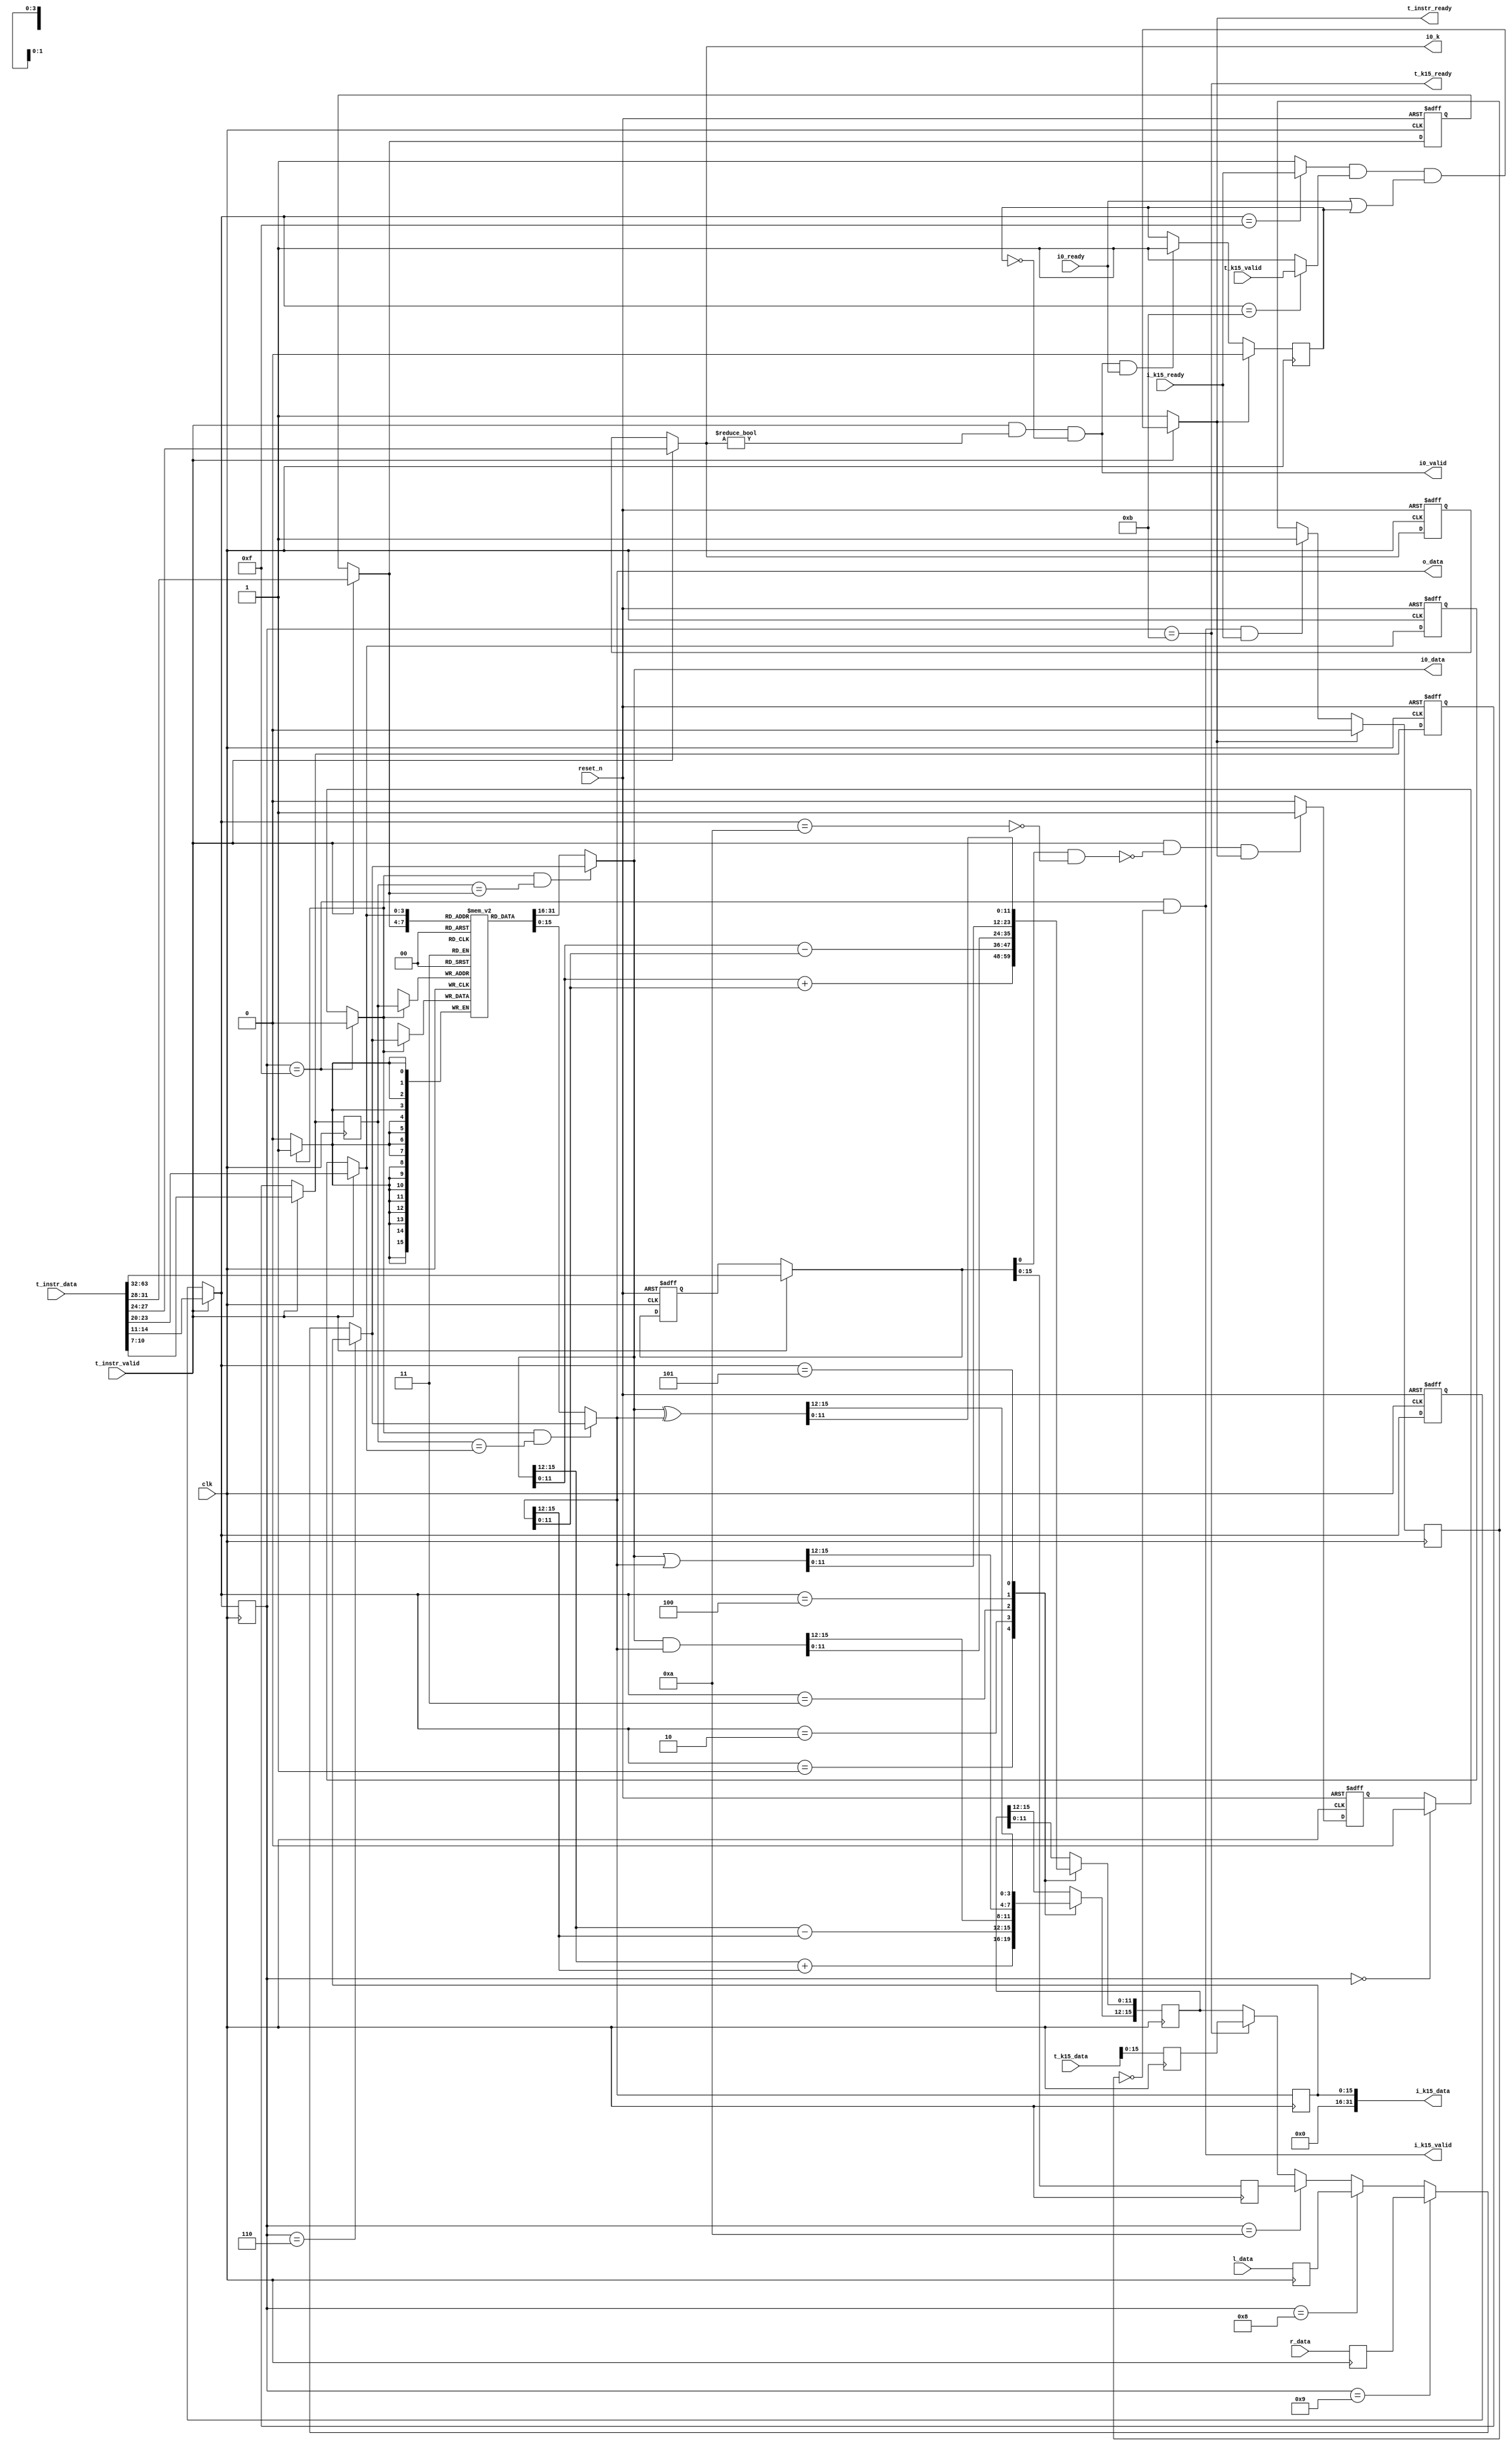
/****************************************************************************
 * vector_slice.v
 ****************************************************************************/

/**
 * Module: vector_slice
 *
 * Singe cycle implementation of a pipeline design.
 *
 * TODO: Need to implement elastic logic
 *
 * What's done in single cycle.  ADD, SUB, AND, OR, XOR, MV, ROL, ROR
 *
 * R-type use 3 registers as operands: ADD, SUB, AND, OR, XOR
 */
module vector_slice #(
                      //Do not override.  Only meant to make code more readable.
                      parameter PREDICATOR = 0,
                      parameter AWIDTH     = 11,
                      parameter OPWIDTH    = 64,  // Maximum vector length
                      parameter XREGWIDTH  = 32,  //current width of a Vector register in bits
                      parameter VLEN       = 16,  //current width of a Vector register in bits
                      parameter NREGS      = 16   // number of vector registers
                      )
   (
    // T-block for ISA
    input wire [OPWIDTH-1:0] t_instr_data,
    input wire 		     t_instr_valid,
    output wire 	     t_instr_ready,

    input wire [VLEN-1:0]    r_data, //Right
    input wire [VLEN-1:0]    l_data, //Left
    output wire [VLEN-1:0]   o_data, //Source 2

    output wire [VLEN-1:0]   i0_data, //source 1  - {15:11 - perm,10:0 - baddr}
    output wire [3:0] 	     i0_k,
    output wire 	     i0_valid,
    input wire 		     i0_ready,

    output wire [2*VLEN-1:0] i_k15_data, //k15 out
    output wire 	     i_k15_valid,
    input wire 		     i_k15_ready,

    input wire [2*VLEN-1:0]  t_k15_data, //k15 in
    input wire 		     t_k15_valid,
    output wire 	     t_k15_ready,

    input wire 		     clk,
    input wire 		     reset_n
    );

   localparam                        OPER_WIDTH = 4;
   //   localparam                        VWIDTH     = $clog2(NREGS);

   // ISA
   localparam                        BIT_0 = 0; // TODO : PLACE HOLDERS RENAME
   localparam                        BIT_1 = 1; // TODO : PLACE HOLDERS RENAME
   localparam                        BIT_2 = 2; // TODO : PLACE HOLDERS RENAME
   localparam                        BIT_3 = 3; // TODO : PLACE HOLDERS RENAME
   localparam                        BIT_4 = 4; // TODO : PLACE HOLDERS RENAME
   localparam                        BIT_5 = 5; // TODO : PLACE HOLDERS RENAME

   reg [VLEN-1:0] 	     vreg         [NREGS-1:0]; /* synthesis syn_ramstyle = block_ram */

   // Instruction split
   reg [3:0] 		     s_src1,q_src1;
   reg [3:0] 		     s_kscratch,q_kscratch,q_kscratch_1d;
   reg [3:0] 		     s_src2,q_src2;
   reg [4:0] 		     s_xsrc,q_xsrc;
   reg [3:0] 		     s_funct,q_funct;
   reg [3:0] 		     s_dest,q_dest;
   reg [XREGWIDTH-1:0] 	     s_xrs,q_xrs;

   // Assignment logic
   reg [VLEN-1:0] 	     src1_value;
   reg [VLEN-1:0] 	     src2_value;
   reg [VLEN-1:0] 	     src2_reg;
   reg [VLEN-1:0] 	     xrs_reg;
   wire 		     predicate;

   reg [3:0] 		     dest_reg;
   reg [VLEN-1:0] 	     right_reg;
   reg [VLEN-1:0] 	     left_reg;

   // ALU outputs
   reg [VLEN-1:0] 	     t_alu_data;

   //K15
   reg [2*VLEN-1:0] 	     k15_data;
   reg 			     k15_valid;

   always @(*) begin
      s_xrs        = t_instr_valid?t_instr_data[63:32]:q_xrs;
      s_src1       = t_instr_valid?t_instr_data[31:28]:q_src1; // The regfile address for source 1
      s_kscratch   = t_instr_valid?t_instr_data[27:24]:q_kscratch; // The s_dest register into scratchpad. // selin and selou
      s_src2       = t_instr_valid?t_instr_data[23:20]:q_src2; // The regfile address for source 2
      s_xsrc       = t_instr_valid?t_instr_data[19:15]:q_xsrc; // The register from the vex machine to pass into the register rs1
      s_funct      = t_instr_valid?t_instr_data[14:11]:q_funct; // The operation code
      s_dest       = t_instr_valid?t_instr_data[10:7]:q_dest;  // The s_dest of resultant.  Either a final s_dest in regfile or index derived from address stored in regfile.
   end
   always @(posedge clk or negedge reset_n) begin
      if(~reset_n) begin
         q_xrs<=0;
         q_src1<=0;
         q_kscratch<=0;
         q_kscratch_1d<=0;
         q_src2<=0;
         q_xsrc<=0;
         q_funct<=0;
         q_dest<=0;
      end
      else begin
         q_xrs<=s_xrs;
         q_src1<=s_src1;
         q_kscratch<=s_kscratch;
         q_kscratch_1d<=q_kscratch;
         q_src2<=s_src2;
         q_xsrc<=s_xsrc;
         q_funct<=s_funct;
         q_dest<=s_dest;
      end // else: !if(~reset_n)
   end





   assign i0_k = s_kscratch;

   // CONTROL LOGIC
   // typedef enum                      logic [3:0] {
   //                                        NOP       =4'h0,
   //                                        ADD       =4'h1,
   //                                        SUB       =4'h2,
   //                                        AND       =4'h3,
   //                                        OR        =4'h4,
   //                                        XOR       =4'h5,
   //                                        MV        =4'h6,
   //                                        ROL       =4'h8,
   //                                        ROR       =4'h9,
   //                                        MV_X_V    =4'hA, //Move EXT to VREG
   //                                        MV_K15_V  =4'hB, //Move K15 scratch to VREG
   //                                        MV_V_K15  =4'hF  //Move VREG to scratch K7
   //                                        } funct_reg_t;
   // funct_reg_t funct_reg;


   localparam    NOP       =4'h0;
   localparam    ADD       =4'h1;
   localparam    SUB       =4'h2;
   localparam    AND       =4'h3;
   localparam    OR        =4'h4;
   localparam    XOR       =4'h5;
   localparam    MV        =4'h6;
   localparam    ROL       =4'h8;
   localparam    ROR       =4'h9;
   localparam    MV_X_V    =4'hA; //Move EXT to VREG
   localparam    MV_K15_V  =4'hB; //Move K15 scratch to VREG
   localparam    MV_V_K15  =4'hF;  //Move VREG to scratch K7

   reg [3:0] funct_reg;

   reg 	     i_valid;

   reg 	     op_valid_reg,kop_valid_reg,kop_valid_reg_1d;



   wire      t1, t2, t3;

   wire      vreg_dest_we;
   wire [VLEN-1:0] vreg_data;

   reg 		   i0_latched;
   reg 		   k15_latched;

   wire [23:0] 	   t_k15_op_dat;
   wire 	   t_k15_op_valid;
   wire 	   t_k15_op_ready;
   wire [23:0] 	   i_k15_op_dat;
   wire 	   i_k15_op_valid;
   wire 	   i_k15_op_ready;
   
   
   //----------------- BEGIN LOGIC --------

   assign predicate    = !(s_xrs[PREDICATOR] & !(s_funct == MV_X_V));

   assign t1              = (s_funct == MV_V_K15) ? i_k15_ready : 1'b1;
   assign t2              = (s_funct == MV_K15_V) ? t_k15_valid  : 1'b1;
   //   assign t3              = (s_kscratch == 4'h7 ) ? (k15_valid & i_k15_ready) |k15_latched: 1'b1;
   
   assign t_instr_ready        = t_instr_valid? t1 & t2 & (i0_ready | i0_latched):1'b1;
   assign i0_valid = t_instr_valid & (s_kscratch!=0) & ~i0_latched;

   always @(posedge clk)
     if(t_instr_ready)
       i0_latched<=0;
     else if(i0_valid&i0_ready)
       i0_latched<=1;
   

   always @(posedge clk) 
     if(t_instr_ready) begin
	k15_latched<=0;
     end
     else if(i_k15_valid & i_k15_ready) begin
	k15_latched<=1;

     end
   
   always @(posedge clk) 	k15_data<=t_k15_data;

   assign i0_data         = src1_value;
   assign o_data          = src2_value;

   //s_dest mux control
   assign vreg_data = (funct_reg==MV) ? src2_reg :
                      (funct_reg==ROR)       ? right_reg :
                      (funct_reg==ROL)       ? left_reg :
                      (funct_reg==MV_X_V)    ? xrs_reg :
                      (funct_reg==MV_K15_V)  ? k15_data :
                      t_alu_data;  //default

   //s_dest valid control
   assign vreg_dest_we = (funct_reg==MV_V_K15)  ? 1'b0 :
                         (funct_reg==NOP)  ? 1'b0 :
                         op_valid_reg;  //default

   //Data Memory Bus


   // 3-port
   // Port A, B
   always @(*) src1_value = (vreg_dest_we && dest_reg == s_src1)? vreg_data:vreg[s_src1];
   always @(*) src2_value = (vreg_dest_we && dest_reg == s_src2)? vreg_data:vreg[s_src2];

   reg                     q_vreg_dest_we;

   always @(posedge clk) begin /* verilator lint_off ALWCOMBORDER */
      q_vreg_dest_we<=vreg_dest_we;
      if (vreg_dest_we) begin
         vreg[dest_reg] <= vreg_data;
      end
   end

   

   
   assign i_k15_data = src2_reg;
   assign i_k15_valid = (funct_reg==MV_V_K15 & ~k15_latched);
   
   assign t_k15_ready = (funct_reg==MV_K15_V);
   
   
   //Pipeline registers
   always @(posedge clk) begin
      src2_reg     <= src2_value;
      right_reg    <= r_data;
      left_reg     <= l_data;
      //      k15_reg      <= t_valid?t_k15_data:
      //                     (funct_reg==MV_V_K15 && i_k15_ready)?src2_value;
      dest_reg     <= s_dest;
      xrs_reg      <= s_xrs[VLEN-1:0];
      // funct_reg    <= funct_reg_t'(s_funct);
      funct_reg    <= s_funct;
   end

   always @(posedge clk or negedge reset_n) begin
      if (~reset_n) begin
         op_valid_reg <= 1'b0;
      end else begin
         op_valid_reg <= 1'b0;
         if (t_instr_valid && predicate && t_instr_ready) begin
            op_valid_reg <= 1'b1;
         end
      end
   end

   // ALU BLOCK AND IT'S ELASTIC LOGIC

   always @(posedge clk or negedge reset_n) begin
      if (~reset_n)  begin
         i_valid <= 1'b0;
      end else begin
         i_valid <= 1'b0;
         if (t_instr_valid && predicate && t_instr_ready) begin
            i_valid <= 1'b1;
         end
      end
   end

   always @(posedge clk) begin
      case (s_funct)
        ADD: begin
           t_alu_data[15:12] <= src1_value[15:12] + src2_value[15:12];
           t_alu_data[11:0 ] <= src1_value[11:0] + src2_value[11:0];
        end
        SUB: begin
           t_alu_data[15:12] <= src1_value[15:12] - src2_value[15:12];
           t_alu_data[11:0 ] <= src1_value[11:0] - src2_value[11:0];
        end
        AND: t_alu_data <= src1_value &  src2_value;
        OR : t_alu_data <= src1_value |  src2_value;
        XOR: t_alu_data <= src1_value ^  src2_value;
        default: t_alu_data <= t_alu_data;
      endcase
   end

endmodule